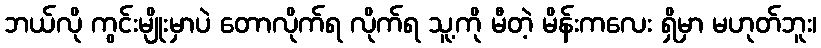
ဘယ်လို ကွင်းမျိုးမှာပဲ တောလိုက်ရ လိုက်ရ သူ့ကို မီတဲ့ မိန်းကလေး ရှိမှာ မဟုတ်ဘူး၊